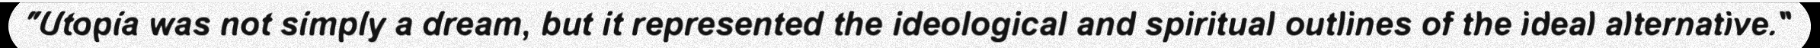
"Utopia was not simply a dream, but it represented the ideological and spiritual outlines of the ideal alternative."